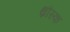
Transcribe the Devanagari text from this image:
थ्रौस्क